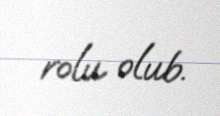
rolu olub.